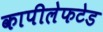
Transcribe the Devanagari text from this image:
कापीलेफटेड